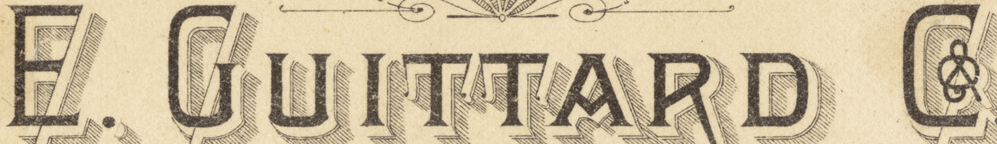
E. GUITTARD C